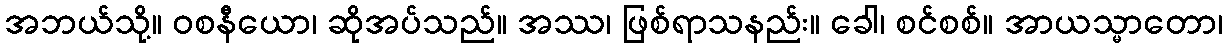
အဘယ်သို့။ ဝစနီယော၊ ဆိုအပ်သည်။ အဿ၊ ဖြစ်ရာသနည်း။ ခေါ၊ စင်စစ်။ အာယသ္မာတော၊